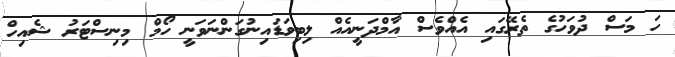
ހަ މަސް ދުވަހުގެ ތެރޭގައި އެއްވެސް އާމްދަނީއެއް ލިބިވަޑައިނުގަންނަވަނީ ހޯމް މިނިސްޓަރު ޝެއިހް